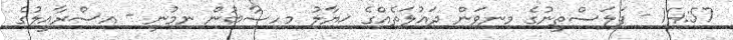
14:57 - ފަލަސްތީނުގެ މިނިވަން ދައުލަތެއްގެ ޚިޔާލު މިހިސާބުން ނިމުނީ - އިސްރާއީލުގެ